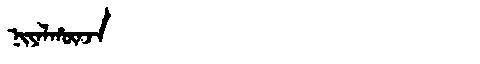
Manchu: ᠨᡳᠶᠠᠯᡥᡡᠨᠵᠠ
Romanization: NIYALHŪNJA